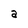
Character: a